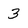
Character: 3